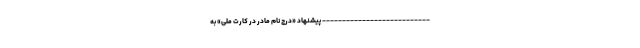
--------------------------- پیشنهاد «درج نام مادر در کارت ملی» به